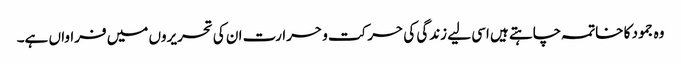
وہ جمود کا خاتمہ چاہتے ہیں اسی لیے زندگی کی حرکت و حرارت ان کی تحریروں میں فراواں ہے۔